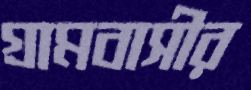
গ্রামবাসীর